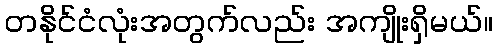
တနိုင်ငံလုံးအတွက်လည်း အကျိုးရှိမယ်။